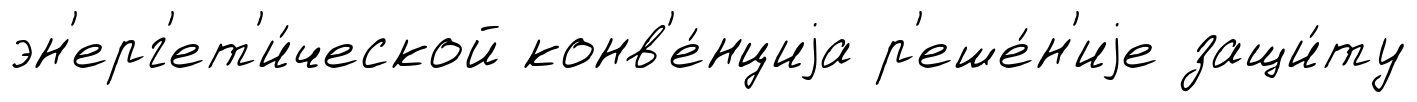
эн'ерг'ет'и́ческой конв'е́нциjа р'еше́н'иjе защи́ту